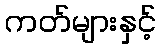
ကတ်များနှင့်